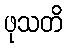
ဖုသတိ